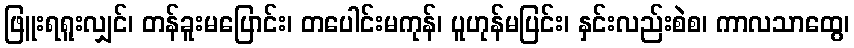
ဖြူးရရူးလျှင်၊ တန်ခူးမပြောင်း၊ တပေါင်းမကုန်၊ ပူဟုန်မပြင်း၊ နှင်းလည်းစဲစ၊ ကာလသာထွေ၊